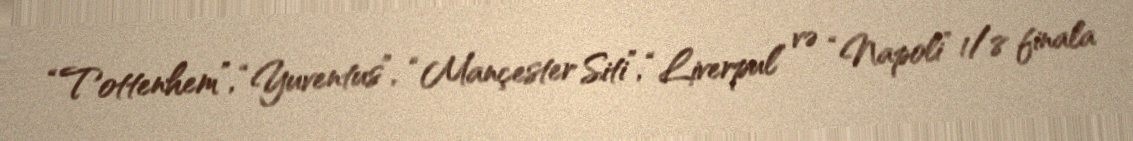
“Tottenhem”, “Yuventus”, “Mançester Siti”, “Liverpul” və “Napoli” 1/8 finala